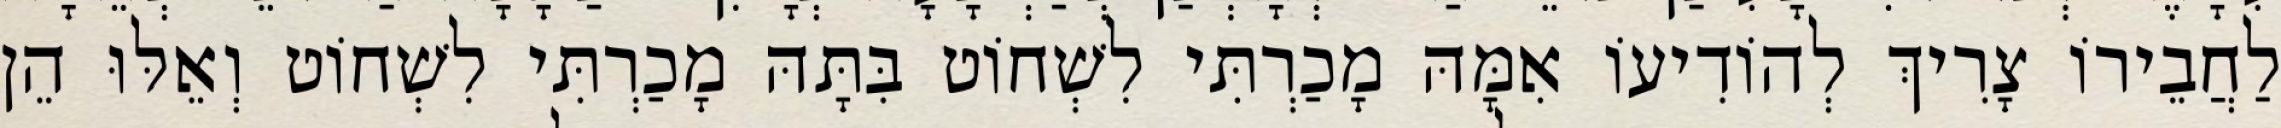
לַחֲבֵירוֹ צָרִיךְ לְהוֹדִיעוֹ אִמָּהּ מָכַרְתִּי לִשְׁחוֹט בִּתָּהּ מָכַרְתִּי לִשְׁחוֹט וְאֵלּוּ הֵן